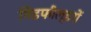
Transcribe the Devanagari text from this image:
मिडफील्डरों